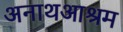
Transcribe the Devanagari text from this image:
अनाथआश्रम